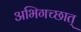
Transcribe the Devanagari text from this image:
अभिगच्छात्